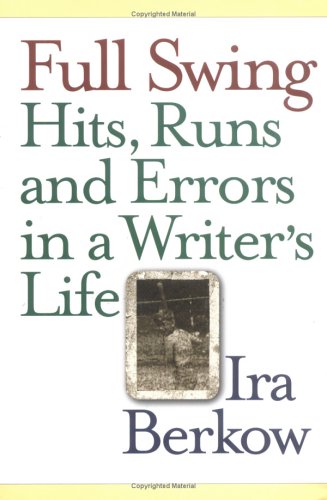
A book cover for Full Swing: Hits, Runs and Errors in a Writer's Life; Ira Berkow; Sports & Outdoors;